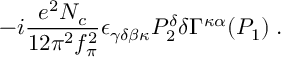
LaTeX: - i \frac { e ^ { 2 } N _ { c } } { 1 2 \pi ^ { 2 } f _ { \pi } ^ { 2 } } \epsilon _ { \gamma \delta \beta \kappa } P _ { 2 } ^ { \delta } \delta \Gamma ^ { \kappa \alpha } ( P _ { 1 } ) \; .